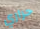
حراري